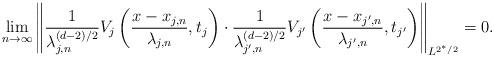
LaTeX: \begin{align*} \lim_{n \rightarrow \infty} \left\|\frac{1}{\lambda_{j,n}^{(d-2)/2}} V_j \left(\frac{x - x_{j,n}}{\lambda_{j,n}}, t_j\right)\cdot \frac{1}{\lambda_{j',n}^{(d-2)/2}} V_{j'} \left(\frac{x - x_{j',n}}{\lambda_{j',n}}, t_{j'}\right)\right\|_{L^{2^\ast/2}} = 0.\end{align*}